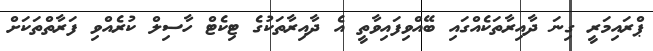
ޕްރައިމަރީ ގިނަ ދާއިރާތަކެއްގައި ބޭއްވިފައިވާތީ އެ ދާއިރާތަކުގެ ޓިކެޓް ހާސިލް ކުރެއްވި ފަރާތްތަކަށް